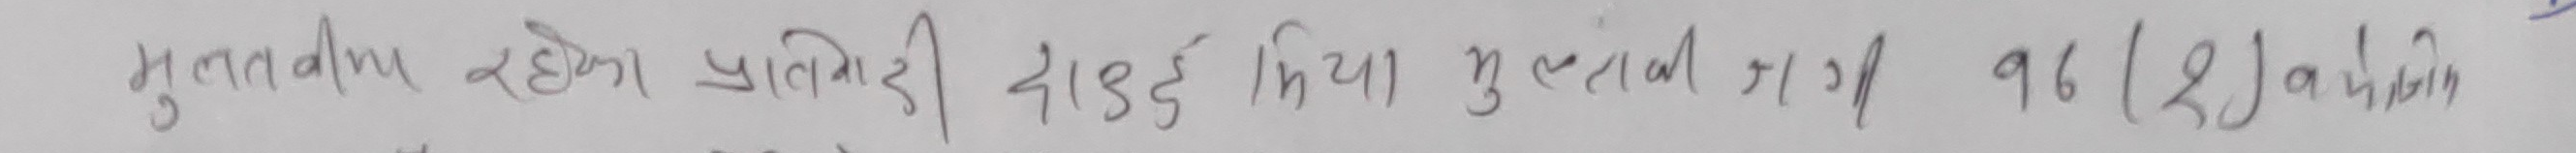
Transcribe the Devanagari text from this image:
मुलतला रहेका प्रतिलिपी दोड़छ किया मुलाकी 7/8 961(2) अवधि